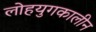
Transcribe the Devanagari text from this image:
लोहयुगकालीन